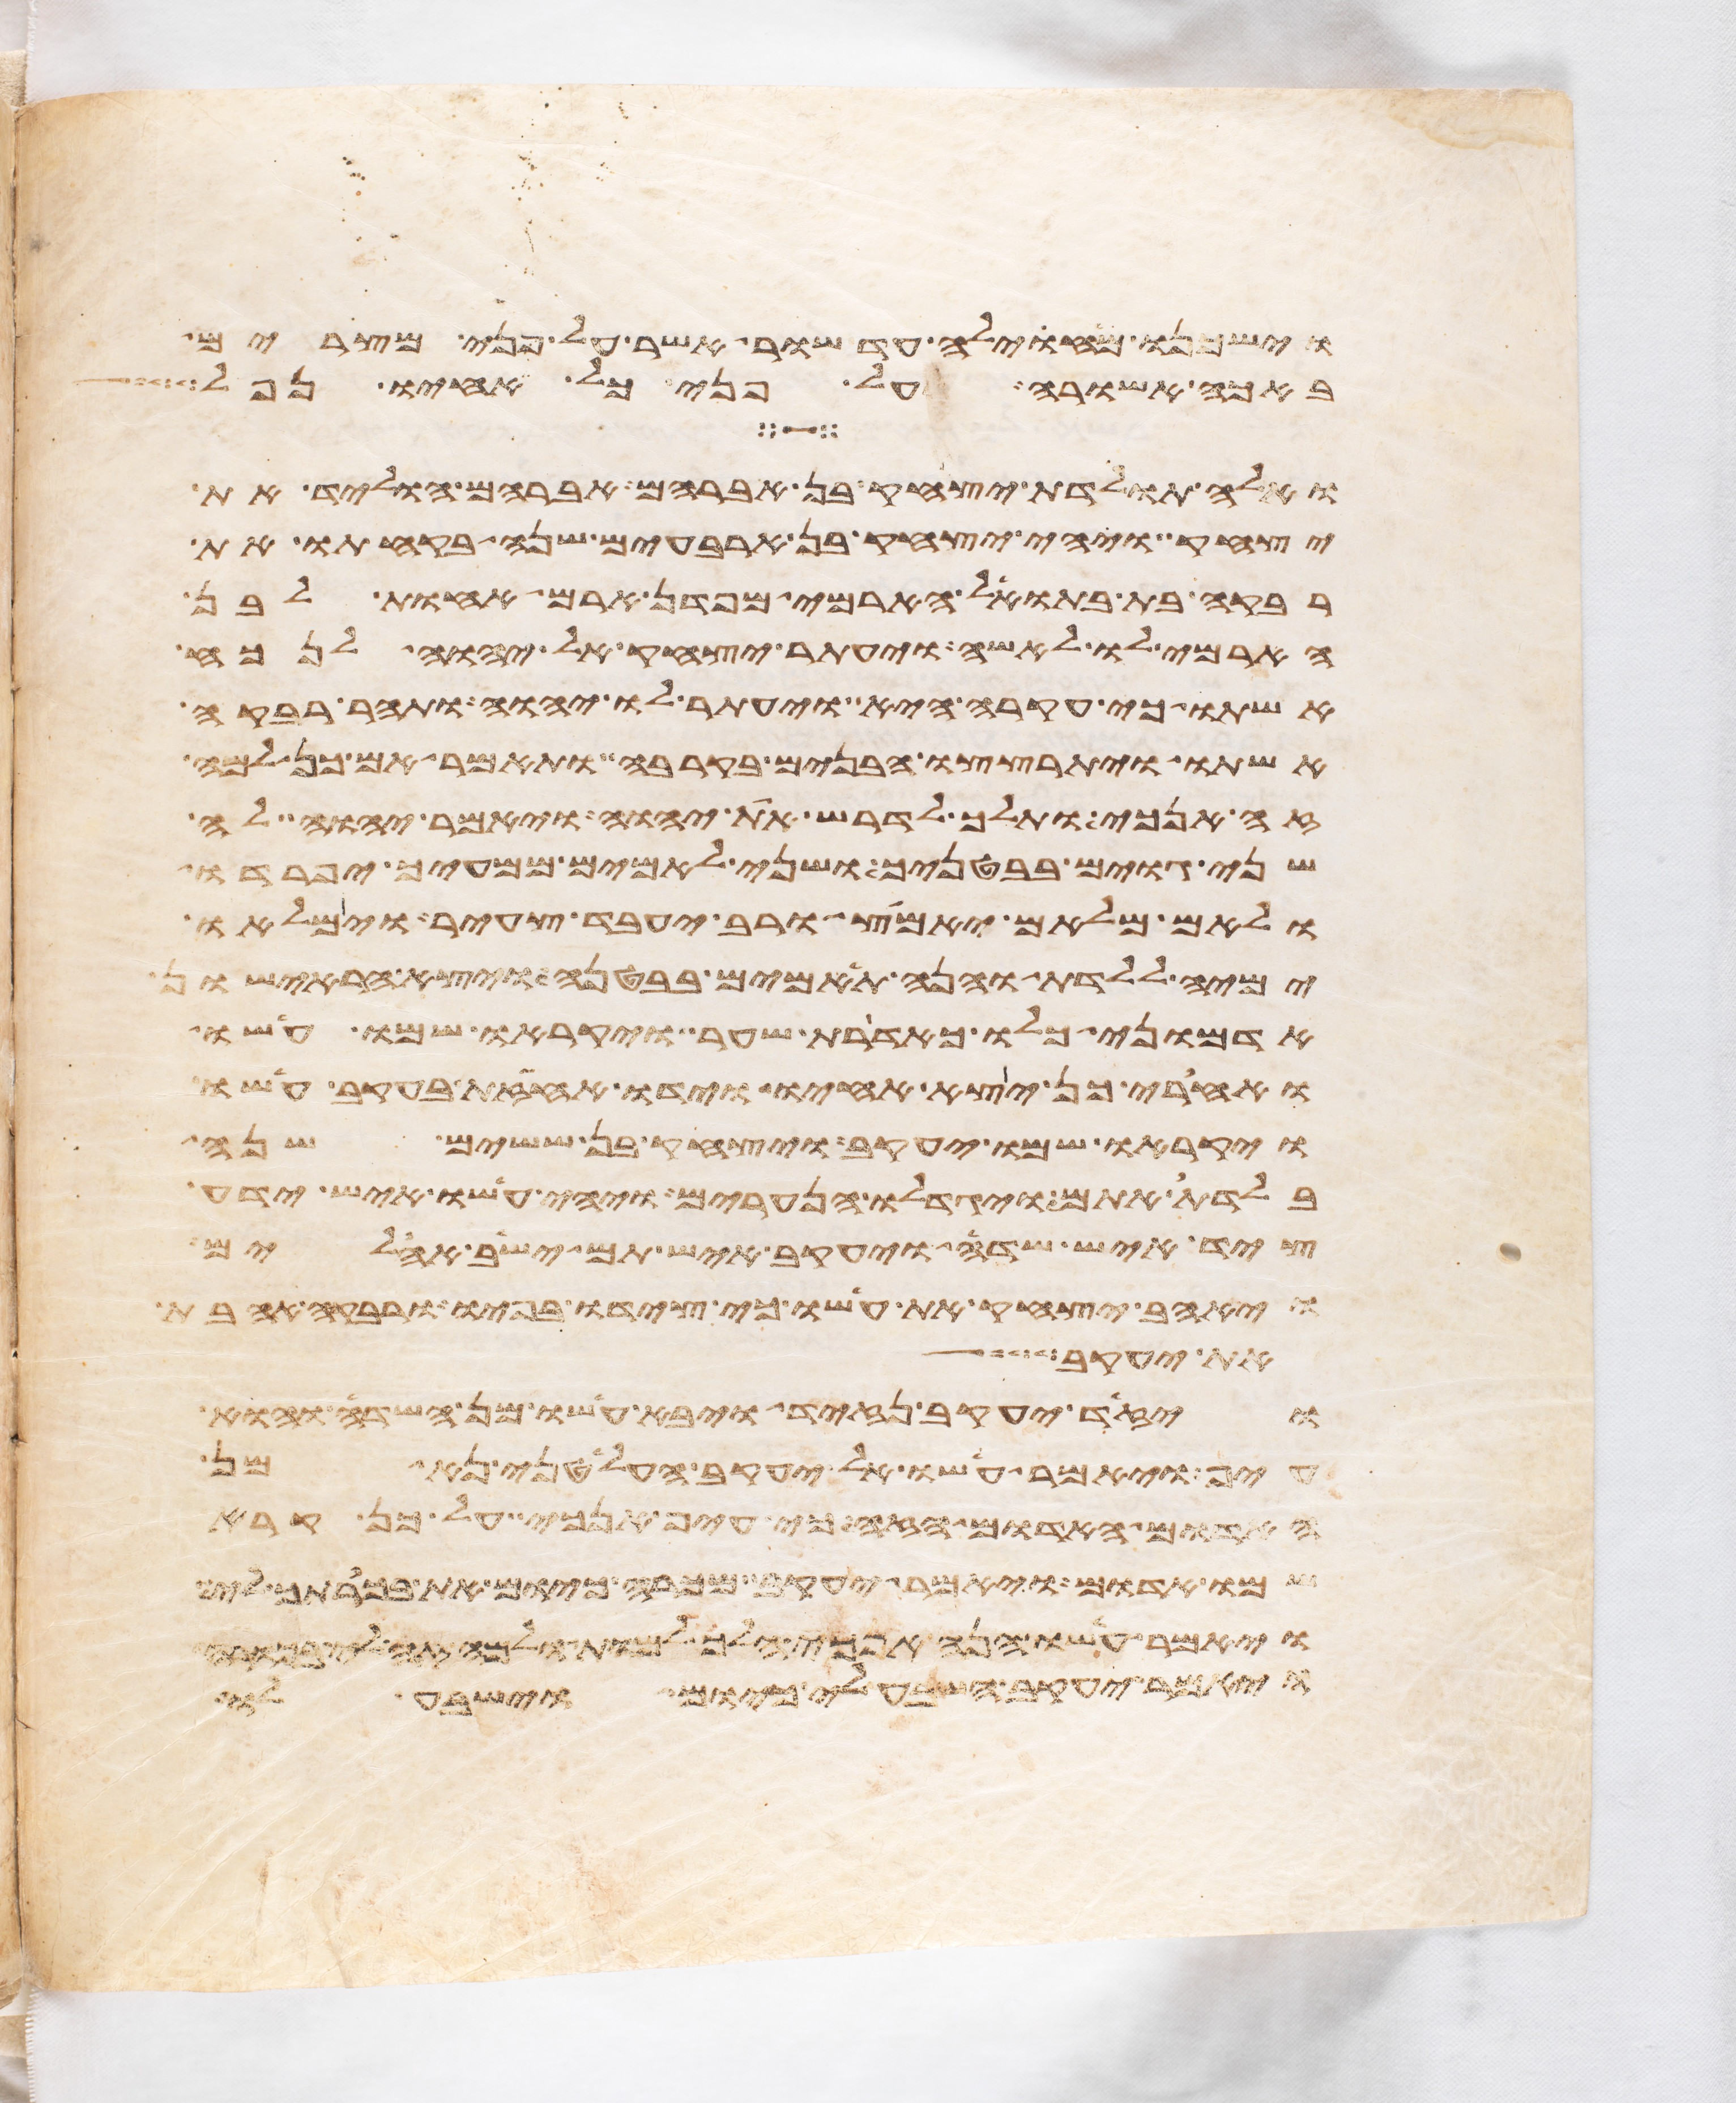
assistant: וישכנו מחוילה עד שור אשר על פני מצרים
באכה אשורה על פני כל אחיו נפל
ואלה תולדת יצחק בן אברהם אברהם הוליד את
יצחק ויהי יצחק בן ארבעים שנה בקחתו את
רבקה בת בתואל הארמי מפדן ארם אחות לבן
הארמי לו לאשה ויעתר יצחק אל יהוה לנכח
אשתו כי עקרה היא ויעתר לו יהוה ותהר רבקה
אשתו ויתרצצו הבנים בקרבה ותאמר אם כן למה
זה אנכי ותלך לדרש את יהוה ויאמר יהוה לה
שני גוים בבטנך ושני לאמים ממעיך יפרדו
ולאם מלאם יאמץ ורב יעבד צעיר וימלאו
ימיה ללדת והנה תאמים בבטנה ויצא הראישון
אדמוני כלו כאדרת שער ויקראו שמו עשו
ואחרי כן יצא אחיו וידו אחזת בעקב עשו
ויקראו שמו יעקב ויצחק בן ששים שנה
בלדת אתם ויגדלו הנערים ויהי עשו איש ידע
ציד איש שדה ויעקב איש תם ישב אהלים
ויאהב יצחק את עשו כי צידו בפיו ורבקה אהבת
את יעקב
ויזד יעקב נזיד ויבא עשו מן השדה והוא
עיף ויאמר עשו אל יעקב הלעטני נא מן
האדום האדם הזה כי עיף אנכי על כן קרא
שמו אדום ויאמר יעקב מכרה כיום את בכרתך לי
ויאמר עשו הנה אנכי הלך למות ולמה זה לי בכורה
ויאמר יעקב השבע לי כיום וישבע לו